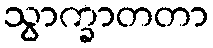
သွာက္ခာတတာ